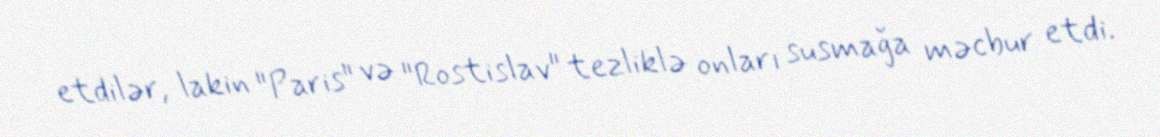
etdilər, lakin "Paris" və "Rostislav" tezliklə onları susmağa məcbur etdi.